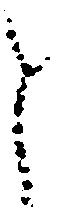
と